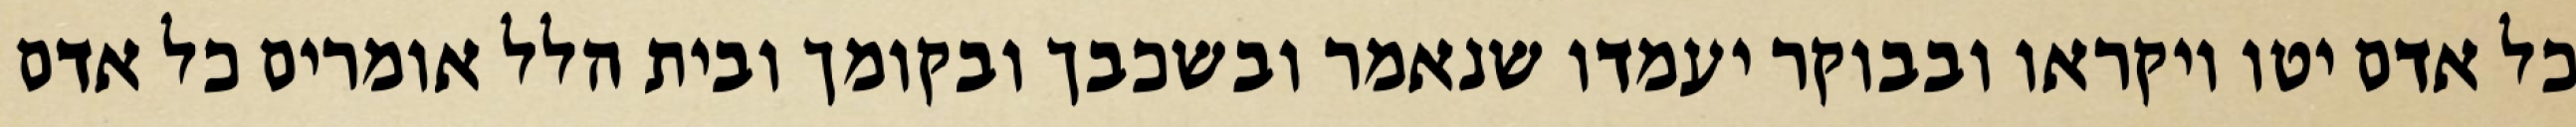
כל אדם יטו ויקראו ובבוקר יעמדו שנאמר ובשכבך ובקומך ובית הלל אומרים כל אדם